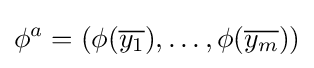
\phi ^{a}=(\phi ({\overline {y_{1}}}),\dots ,\phi ({\overline {y_{m}}}))